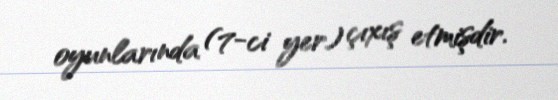
oyunlarında (7-ci yer) çıxış etmişdir.